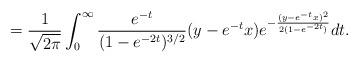
LaTeX: \begin{align*}=\frac{1}{\sqrt{2\pi}}\int^\infty_0 \frac{e^{-t}}{(1-e^{-2t})^{3/2}} (y-e^{-t}x) e^{-\frac{(y-e^{-t}x)^2}{2(1-e^{-2t})}} dt.\end{align*}